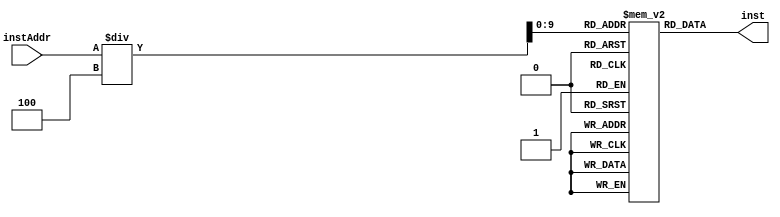
`timescale 1ns / 1ps
//////////////////////////////////////////////////////////////////////////////////
// Company: 
// Engineer: 
// 
// Design Name: 
// Module Name: InstMemory
// Project Name: 
// Target Devices: 
// Tool Versions: 
// Description: 
// 
// Dependencies: 
// 
// Revision:
// Revision 0.01 - File Created
// Additional Comments:
// 
//////////////////////////////////////////////////////////////////////////////////


module InstMemory(
    input [31:0] instAddr,
    output reg [31:0] inst
    );
    reg[31:0] instFile[0:1023];
    always @(instAddr) begin
        inst = instFile[instAddr/4];
        $display("instAddr:%d",instAddr);
    end
endmodule